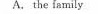
A.the family